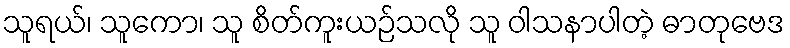
သူရယ်၊ သူကော၊ သူ စိတ်ကူးယဉ်သလို သူ ဝါသနာပါတဲ့ ဓာတုဗေဒ